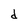
Character: d